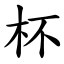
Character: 杯